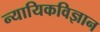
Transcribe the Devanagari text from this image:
न्यायिकविज्ञान